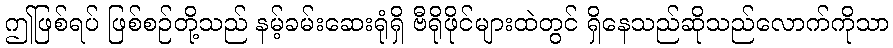
ဤဖြစ်ရပ် ဖြစ်စဉ်တို့သည် နမ့်ခမ်းဆေးရုံရှိ ဗီရိုဖိုင်များထဲတွင် ရှိနေသည်ဆိုသည်လောက်ကိုသာ